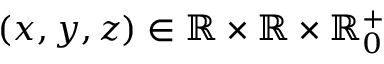
( x , y , z ) \in \mathbb { R } \times \mathbb { R } \times \mathbb { R } _ { 0 } ^ { + }